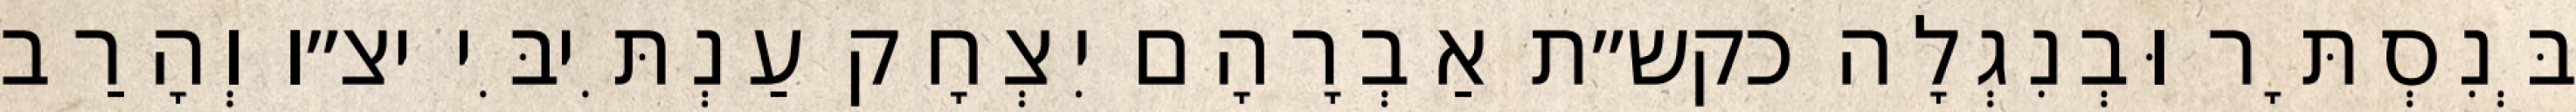
בְּנִסְתָּר וּבְנִגְלָה כקש״ת אַבְרָהָם יִצְחָק עַנְתִּיבִּי יצ״ו וְהָרַב